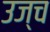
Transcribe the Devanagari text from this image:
उज्च